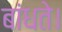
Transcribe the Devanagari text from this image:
बांधते।